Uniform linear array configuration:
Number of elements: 64
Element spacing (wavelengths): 1
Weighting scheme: cosine
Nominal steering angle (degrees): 45
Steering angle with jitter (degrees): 44.323
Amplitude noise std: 0.05
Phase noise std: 0.05

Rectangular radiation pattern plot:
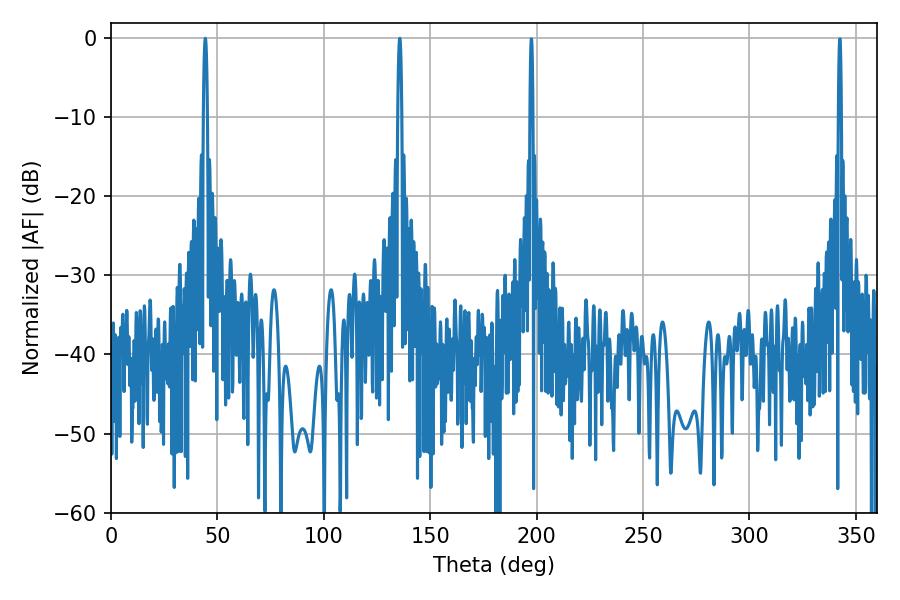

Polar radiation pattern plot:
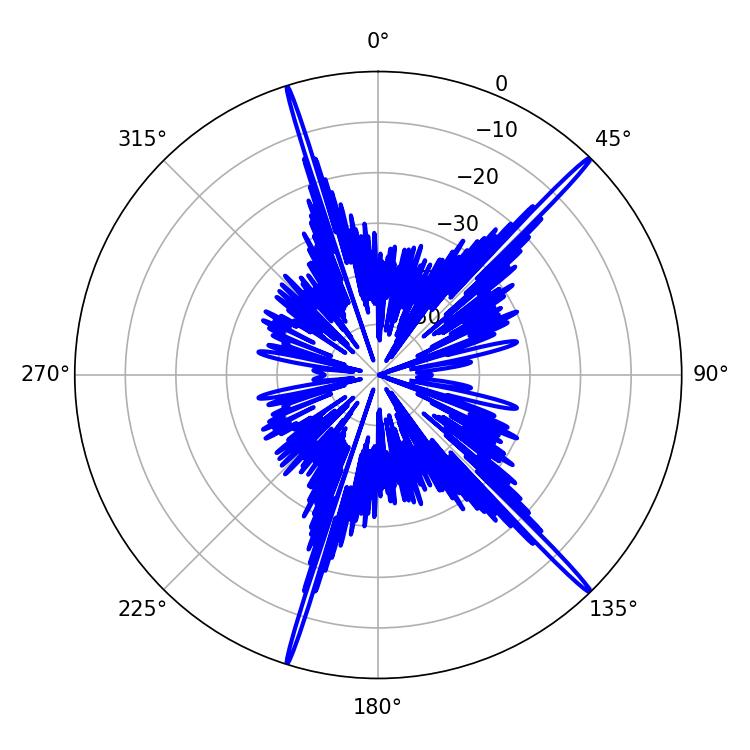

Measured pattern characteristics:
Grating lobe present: TRUE
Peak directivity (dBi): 19.802
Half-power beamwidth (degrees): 0.9
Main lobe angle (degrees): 44.28